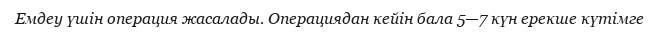
Емдеу үшін операция жасалады. Операциядан кейін бала 5—7 күн ерекше күтімге